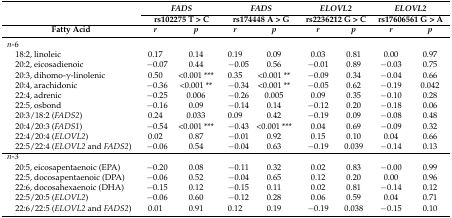
<table><thead><tr><td rowspan="2"></td><td colspan="2"><b><i>FADS</i></b></td><td colspan="2"><b><i>FADS</i></b></td><td colspan="2"><b><i>ELOVL2</i></b></td><td colspan="2"><b><i>ELOVL2</i></b></td></tr><tr><td colspan="2"><b>rs102275 T &gt; C</b></td><td colspan="2"><b>rs174448 A &gt; G</b></td><td colspan="2"><b>rs2236212 G &gt; C</b></td><td colspan="2"><b>rs17606561 G &gt; A</b></td></tr><tr><td><b>Fatty Acid</b></td><td><b><i>r</i></b></td><td><b><i>p</i></b></td><td><b><i>r</i></b></td><td><b><i>p</i></b></td><td><b><i>r</i></b></td><td><b><i>p</i></b></td><td><b><i>r</i></b></td><td><b><i>p</i></b></td></tr></thead><tbody><tr><td><i>n</i>-6</td><td></td><td></td><td></td><td></td><td></td><td></td><td></td><td></td></tr><tr><td> 18:2, linoleic</td><td>0.17</td><td>0.14</td><td>0.19</td><td>0.09</td><td>0.03</td><td>0.81</td><td>0.00</td><td>0.97</td></tr><tr><td> 20:2, eicosadienoic</td><td>−0.07</td><td>0.44</td><td>−0.05</td><td>0.56</td><td>−0.01</td><td>0.89</td><td>−0.03</td><td>0.75</td></tr><tr><td> 20:3, dihomo-γ-linolenic</td><td>0.50</td><td>&lt;0.001 ***</td><td>0.35</td><td>&lt;0.001 **</td><td>−0.09</td><td>0.34</td><td>−0.04</td><td>0.66</td></tr><tr><td> 20:4, arachidonic</td><td>−0.36</td><td>&lt;0.001 **</td><td>−0.34</td><td>&lt;0.001 **</td><td>−0.05</td><td>0.62</td><td>−0.19</td><td>0.042</td></tr><tr><td> 22:4, adrenic</td><td>−0.25</td><td>0.006</td><td>−0.26</td><td>0.005</td><td>0.09</td><td>0.35</td><td>−0.10</td><td>0.28</td></tr><tr><td> 22:5, osbond</td><td>−0.16</td><td>0.09</td><td>−0.14</td><td>0.14</td><td>−0.12</td><td>0.20</td><td>−0.18</td><td>0.06</td></tr><tr><td> 20:3/18:2 (<i>FADS2</i>)</td><td>0.24</td><td>0.033</td><td>0.09</td><td>0.42</td><td>−0.19</td><td>0.09</td><td>−0.08</td><td>0.48</td></tr><tr><td> 20:4/20:3 (<i>FADS1</i>)</td><td>−0.54</td><td>&lt;0.001 ***</td><td>−0.43</td><td>&lt;0.001 ***</td><td>0.04</td><td>0.69</td><td>−0.09</td><td>0.32</td></tr><tr><td> 22:4/20:4 (<i>ELOVL2</i>)</td><td>0.02</td><td>0.87</td><td>−0.01</td><td>0.92</td><td>0.15</td><td>0.10</td><td>0.04</td><td>0.66</td></tr><tr><td> 22:5/22:4 (<i>ELOVL2</i> and <i>FADS2</i>)</td><td>−0.06</td><td>0.54</td><td>−0.04</td><td>0.63</td><td>−0.19</td><td>0.039</td><td>−0.14</td><td>0.13</td></tr><tr><td><i>n</i>-3</td><td></td><td></td><td></td><td></td><td></td><td></td><td></td><td></td></tr><tr><td> 20:5, eicosapentaenoic (EPA)</td><td>−0.20</td><td>0.08</td><td>−0.11</td><td>0.32</td><td>0.02</td><td>0.83</td><td>−0.00</td><td>0.99</td></tr><tr><td> 22:5, docosapentaenoic (DPA)</td><td>−0.06</td><td>0.52</td><td>−0.04</td><td>0.65</td><td>0.12</td><td>0.20</td><td>0.00</td><td>0.96</td></tr><tr><td> 22:6, docosahexaenoic (DHA)</td><td>−0.15</td><td>0.12</td><td>−0.15</td><td>0.11</td><td>0.02</td><td>0.81</td><td>−0.14</td><td>0.12</td></tr><tr><td> 22:5/20:5 (<i>ELOVL2</i>)</td><td>−0.06</td><td>0.60</td><td>−0.12</td><td>0.28</td><td>0.06</td><td>0.59</td><td>0.04</td><td>0.71</td></tr><tr><td> 22:6/22:5 (<i>ELOVL2</i> and <i>FADS2</i>)</td><td>0.01</td><td>0.91</td><td>0.12</td><td>0.19</td><td>−0.19</td><td>0.038</td><td>−0.15</td><td>0.10</td></tr></tbody></table>